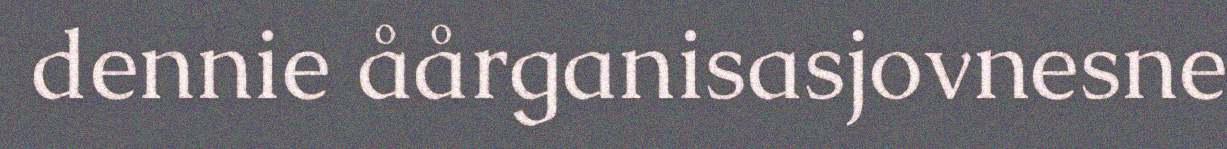
dennie åårganisasjovnesne